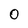
Character: 0